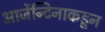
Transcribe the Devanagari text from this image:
आर्जेन्टिनाकडून